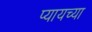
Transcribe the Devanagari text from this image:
प्यायच्या